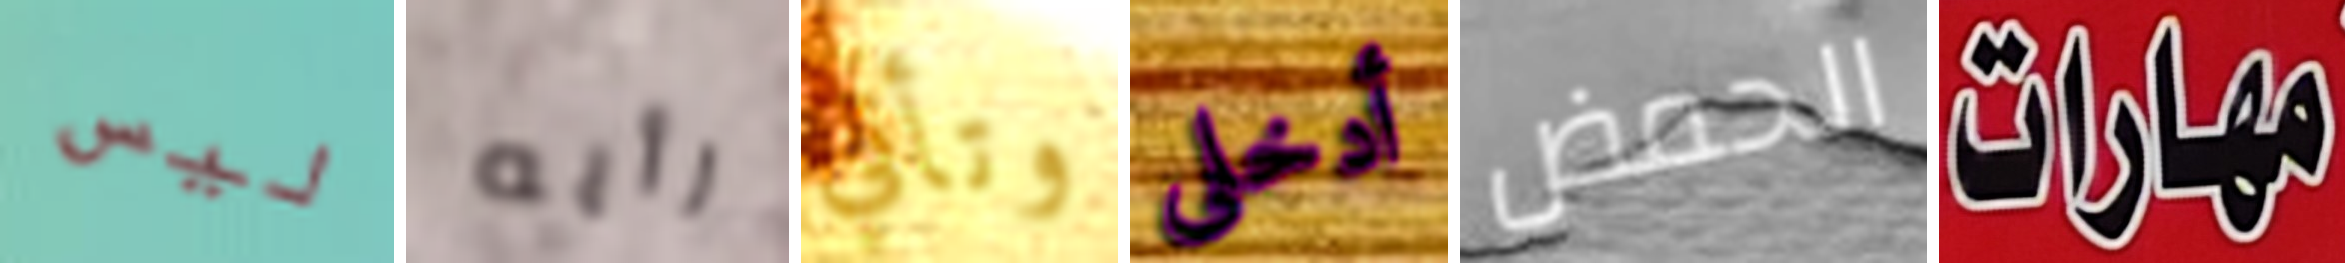
ليس رأيه وتأتي أدخلى الحمض مهارات